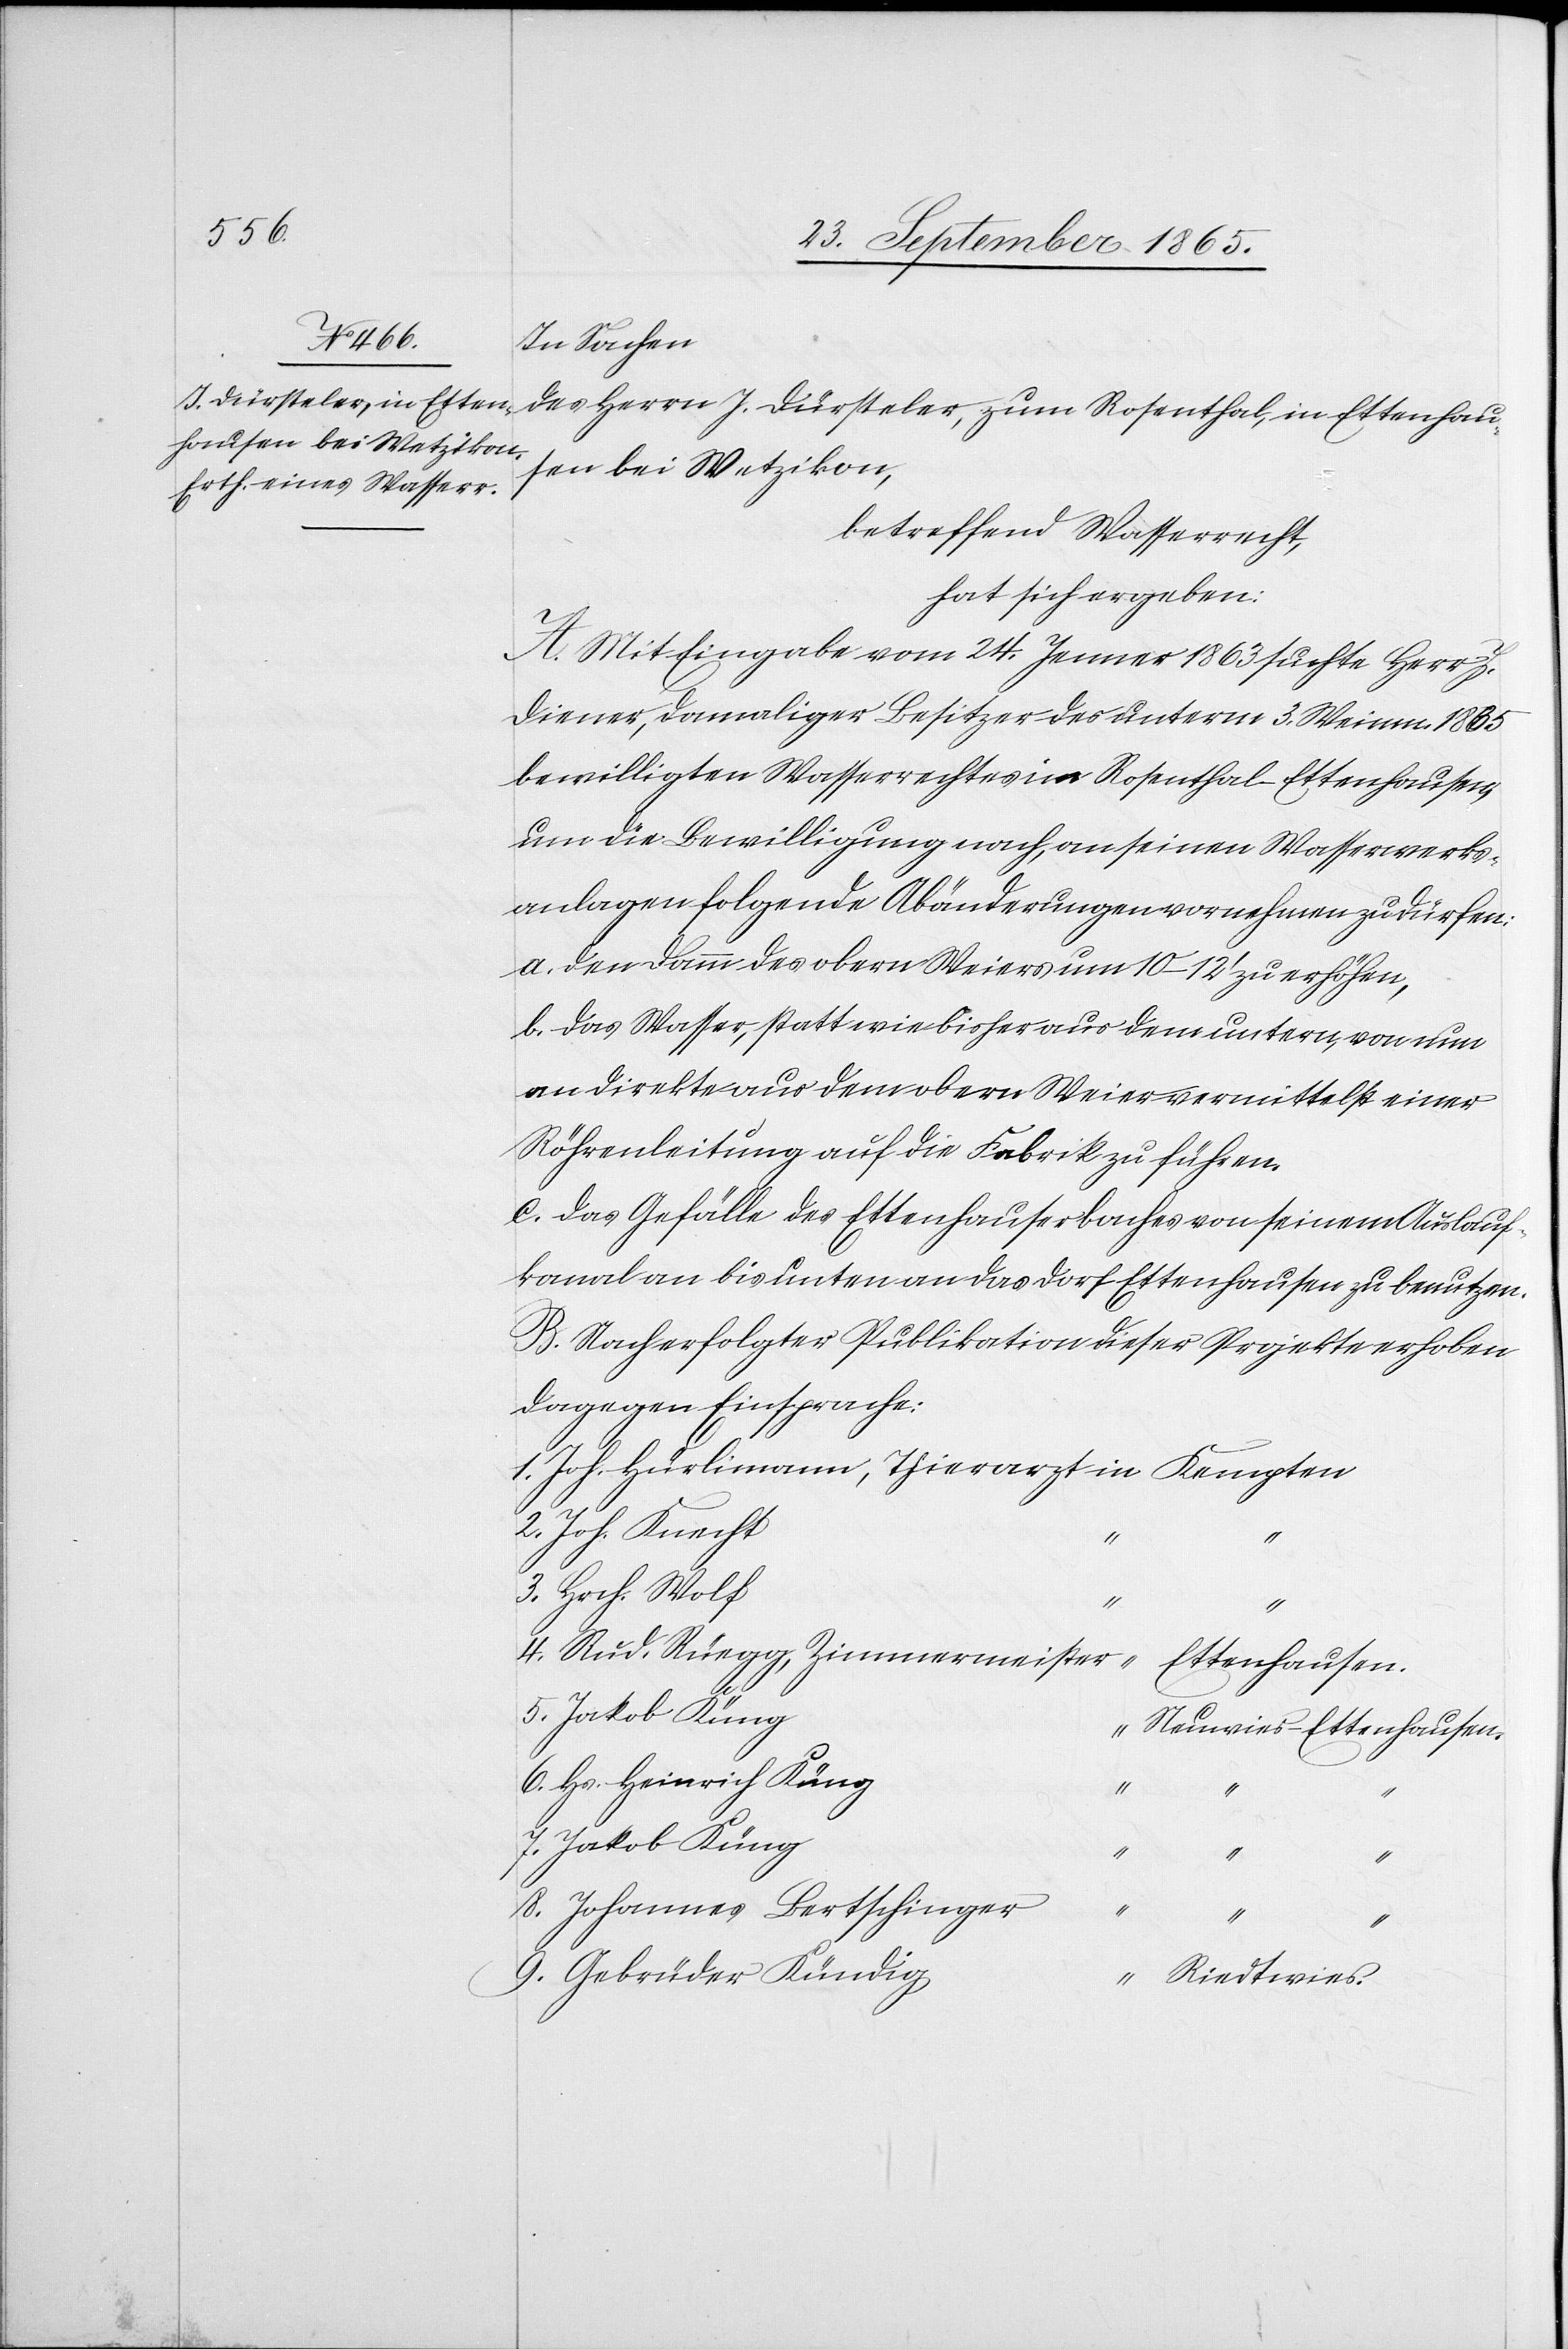
In Sachen
des Herrn J. Dürsteler, zum Rosenthal, in Ettenhau¬
sen bei Wetzikon,
betreffend Wasserrecht,
hat sich ergeben:
A. Mit Eingabe vom 24. Jenner 1863 suchte Herr J.
Diener, damaliger Besitzer des unterm 3. Weinm. 1865
bewilligten Wasserrechtes im Rosenthal-Ettenhausen,
um die Bewilligung nach, an seinen Wasserwerks¬
anlagen folgende Abänderungen vornehmen zu dürfen:
a. den Damm des obern Weiers um 10–12’ zu erhöhen.
b. das Wasser, statt wie bisher aus dem untern, von nun
an direkte aus dem obern Weier vermittelst einer
Röhrenleitung auf die Fabrik zu führen.
c. das Gefälle des Ettenhauserbaches von seinem Auslauf¬
kanal an bis unten an das Dorf Ettenhausen zu benutzen.
B. Nach erfolgter Publikation dieser Projekte erhoben
dagegen Einsprache:
1. Joh. Hürlimann, Thierarzt 	in Kempten
2. Joh. Knecht
3. Hrch. Wolf
“
4. Rud. Rüegg, Zimmermeister
“
Ettenhausen.
5. Jakob Küng
“ Neuwies-Ettenhausen
6. Hs. Heinrich Küng
“
“
7. Jakob Küng
“
“
“
8. Johannes Bertschinger
“
“
9. Gebrüder Kündig
“ Riedtwies.